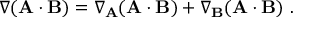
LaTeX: \nabla ( \mathbf { A } \cdot \mathbf { B } ) = \nabla _ { \mathbf { A } } ( \mathbf { A } \cdot \mathbf { B } ) + \nabla _ { \mathbf { B } } ( \mathbf { A } \cdot \mathbf { B } ) \ .